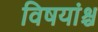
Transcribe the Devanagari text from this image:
विषयांश्च